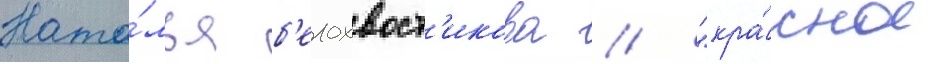
Ната́лья б'елохвост'икова // "кра́сное